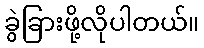
ခွဲခြားဖို့လိုပါတယ်။